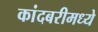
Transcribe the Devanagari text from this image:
कांदबरीमध्ये